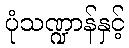
ပုံသဏ္ဍာန်နှင့်